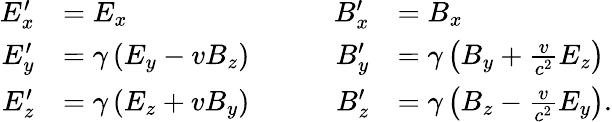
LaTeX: {\begin{array}{rlrl}{E_{x}^{\prime}}&{=E_{x}}&{\qquad B_{x}^{\prime}}&{=B_{x}}\\ {E_{y}^{\prime}}&{=\gamma\left(E_{y}-vB_{z}\right)}&{B_{y}^{\prime}}&{=\gamma\left(B_{y}+{\frac{v}{c^{2}}}E_{z}\right)}\\ {E_{z}^{\prime}}&{=\gamma\left(E_{z}+vB_{y}\right)}&{B_{z}^{\prime}}&{=\gamma\left(B_{z}-{\frac{v}{c^{2}}}E_{y}\right).}\end{array}}